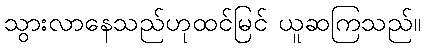
သွားလာနေသည်ဟုထင်မြင် ယူဆကြသည်။